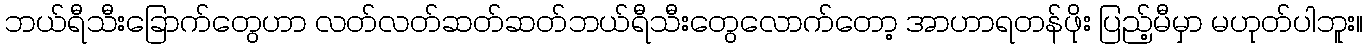
ဘယ်ရီသီးခြောက်တွေဟာ လတ်လတ်ဆတ်ဆတ်ဘယ်ရီသီးတွေလောက်တော့ အာဟာရတန်ဖိုး ပြည့်မီမှာ မဟုတ်ပါဘူး။